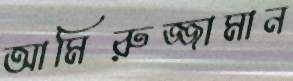
আমিরুজ্জামান